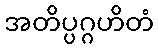
အတိပ္ပဂ္ဂဟိတံ